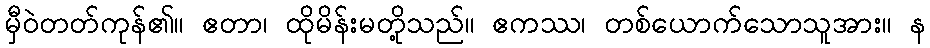
မှီဝဲတတ်ကုန်၏။ ဧတာ၊ ထိုမိန်းမတို့သည်။ ဧကဿ၊ တစ်ယောက်သောသူအား။ န